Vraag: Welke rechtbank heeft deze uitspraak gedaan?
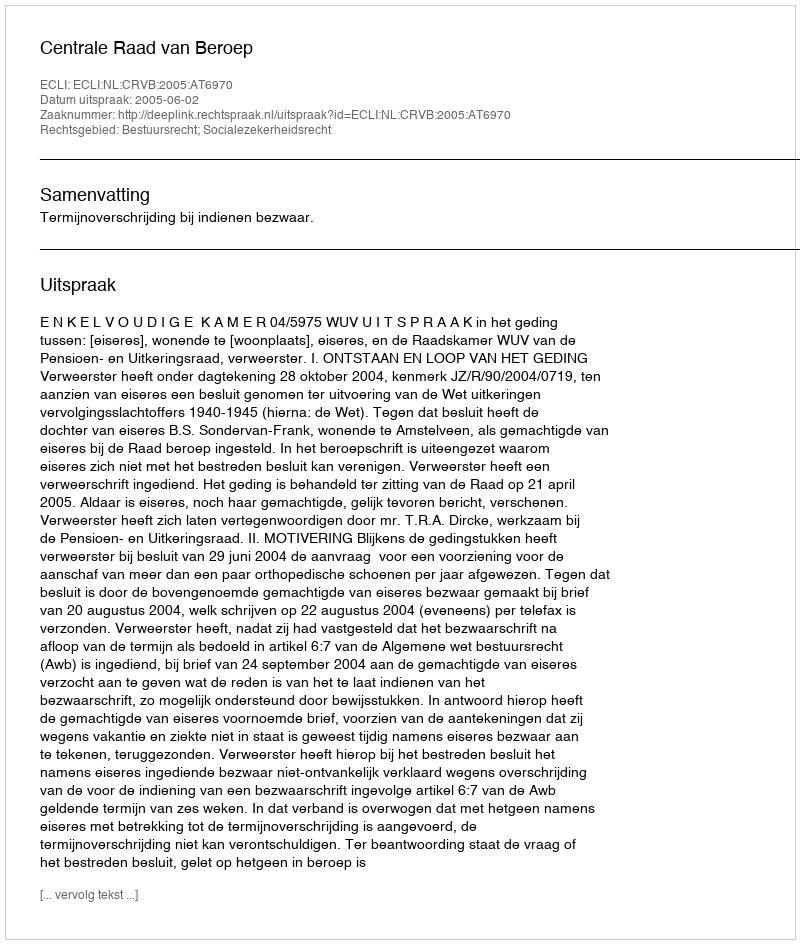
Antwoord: Centrale Raad van Beroep